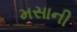
મસાની